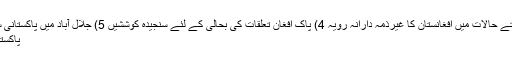
اندیشے اور لائحۂ عمل 3) بدلتے حالات میں افغانستان کا غیرذمہ دارانہ رویہ 4) پاک افغان تعلقات کی بحالی کے لئے سنجیدہ کوششیں 5) جلال آباد میں پاکستانی سفارتکار پر حملے کے اثرات
پاکستانی وزیرخارجہ کا دورہ کابل۔